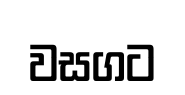
වසගට